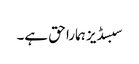
سبسڈیز ہمارا حق ہے۔